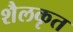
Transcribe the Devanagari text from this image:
शैलकृत